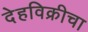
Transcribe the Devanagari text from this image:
देहविक्रीचा